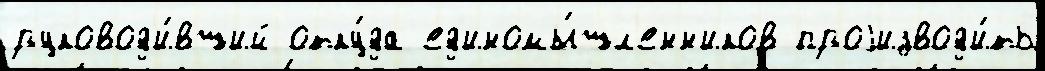
руковод'и́вший отку́да ед'иномы́шл'енн'иков проjизвод'и́ть